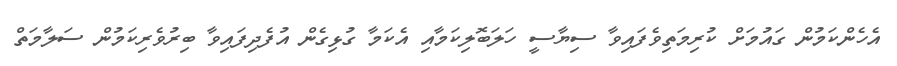
އެހެންކަމުން ގައުމަށް ކުރިމަތިވެފައިވާ ސިޔާސީ ހަލަބޮލިކަމާއި އެކަމާ ގުޅިގެން އުފެދިފައިވާ ބިރުވެރިކަމުން ސަލާމަތް